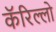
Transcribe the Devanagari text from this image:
कॅरिल्लो